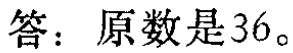
答：原数是36。